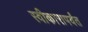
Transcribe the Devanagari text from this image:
स्वीकारापर्यंत